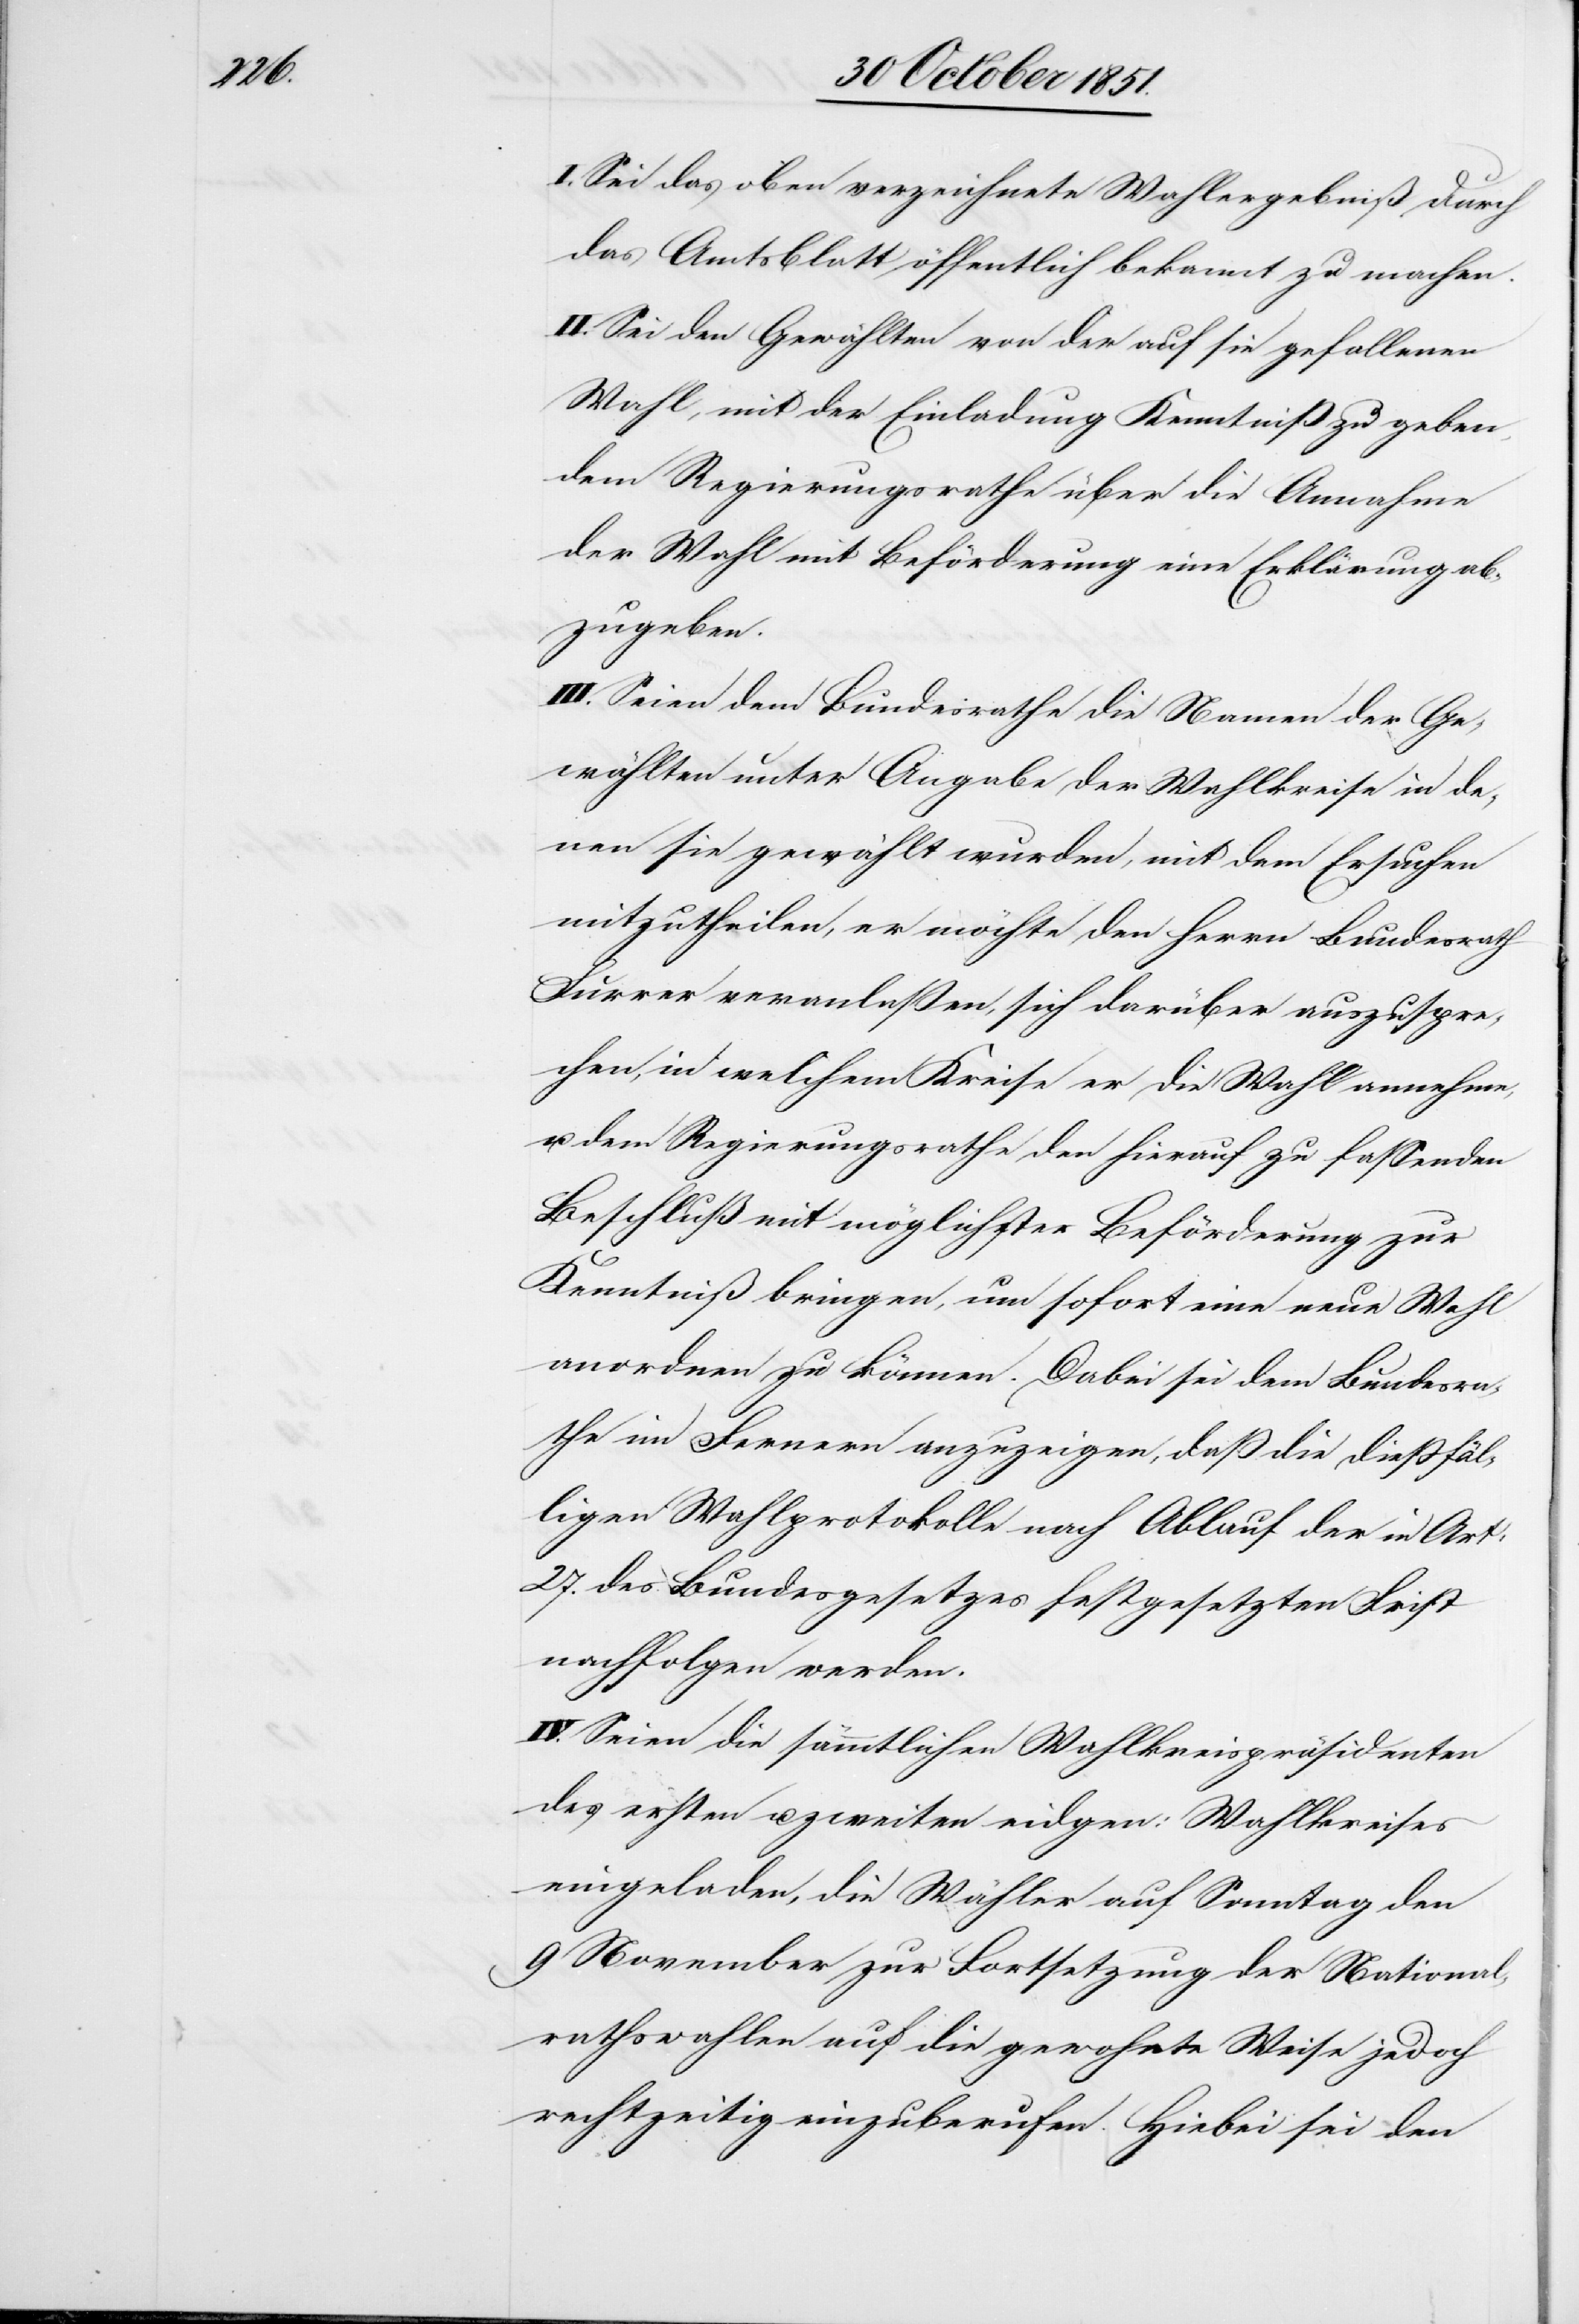
I. Sei das oben verzeichnete Wahlergebniß durch
das Amtsblatt öffentlich bekannt zu machen.
II. Sei den Gewählten von der auf sie gefallenen
Wahl, mit der Einladung Kenntniß zu geben,
dem Regierungsrathe über die Annahme
der Wahl mit Beförderung eine Erklärung ab¬
zugeben.
III. Seien dem Bundesrathe die Namen der Ge¬
wählten unter Angabe der Wahlkreise in de¬
nen sie gewählt wurden, mit dem Ersuchen
mitzutheilen, er möchte den Herrn Bundesrath
Furrer veranlaßen, sich darüber auszuspre¬
chen, in welchem Kreise er die Wahl annehme,
u. dem Regierungsrathe den hierauf zu fassenden
Beschluß mit möglichster Beförderung zur
Kenntniß bringen, um sofort eine neue Wahl
anordnen zu können. Dabei sei dem Bundesra¬
the im Fernern anzuzeigen, daß die dießfäl¬
ligen Wahlprotokolle nach Ablauf der in Art.
27. des Bundesgesetzes festgesetzten Frist
nachfolgen werden.
IV. Seien die sämmtlichen Wahlkreispräsidenten
des ersten u. zweiten eidgen: Wahlkreises
eingeladen, die Wähler auf Sonntag den
9 November zur Fortsetzung der National¬
rathswahlen auf die gewohnte Weise jedoch
rechtzeitig einzuberufen. Hiebei sei den